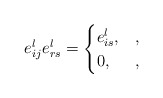
\begin{align*} e_{ij}^le_{rs}^l = \begin{cases} e_{is}^l, &,\\ 0, &, \end{cases}\end{align*}